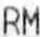
RM